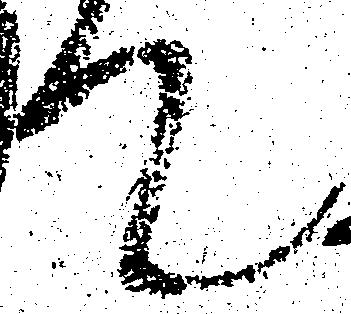
て